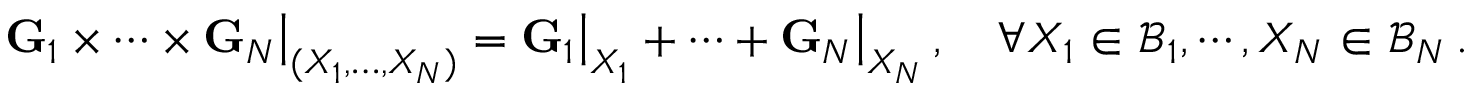
\mathbf { G } _ { 1 } \times \cdots \times \mathbf { G } _ { N } \big | _ { ( X _ { 1 } , \hdots , X _ { N } ) } = \mathbf { G } _ { 1 } \big | _ { X _ { 1 } } + \cdots + \mathbf { G } _ { N } \big | _ { X _ { N } } \, , \quad \forall X _ { 1 } \in \mathcal { B } _ { 1 } , \cdots , X _ { N } \in \mathcal { B } _ { N } \, .